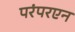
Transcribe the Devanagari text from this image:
परंपरएन